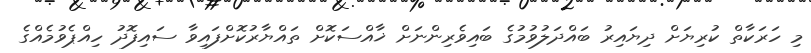
މި ހަރަކާތް ކުރިޔަށް ދިޔައިރު ބައްދަލުވުމުގެ ބައިވެރިންނަށް ޚާއްސަކޮށް ތައްޔާރުކޮށްފައިވާ ސައިފޮދު ހިއްޕެވުމެއްގެ